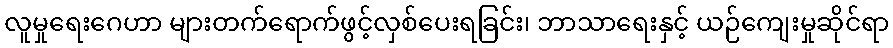
လူမှုရေးဂေဟာ များတက်ရောက်ဖွင့်လှစ်ပေးရခြင်း၊ ဘာသာရေးနှင့် ယဉ်ကျေးမှုဆိုင်ရာ